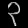
Digit: ၃